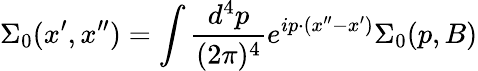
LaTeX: \Sigma_{0}(x^{\prime},x^{\prime\prime})=\int{\frac{d^{4}p}{(2\pi)^{4}}}e^{ip\cdot(x^{\prime\prime}-x^{\prime})}\Sigma_{0}(p,B)